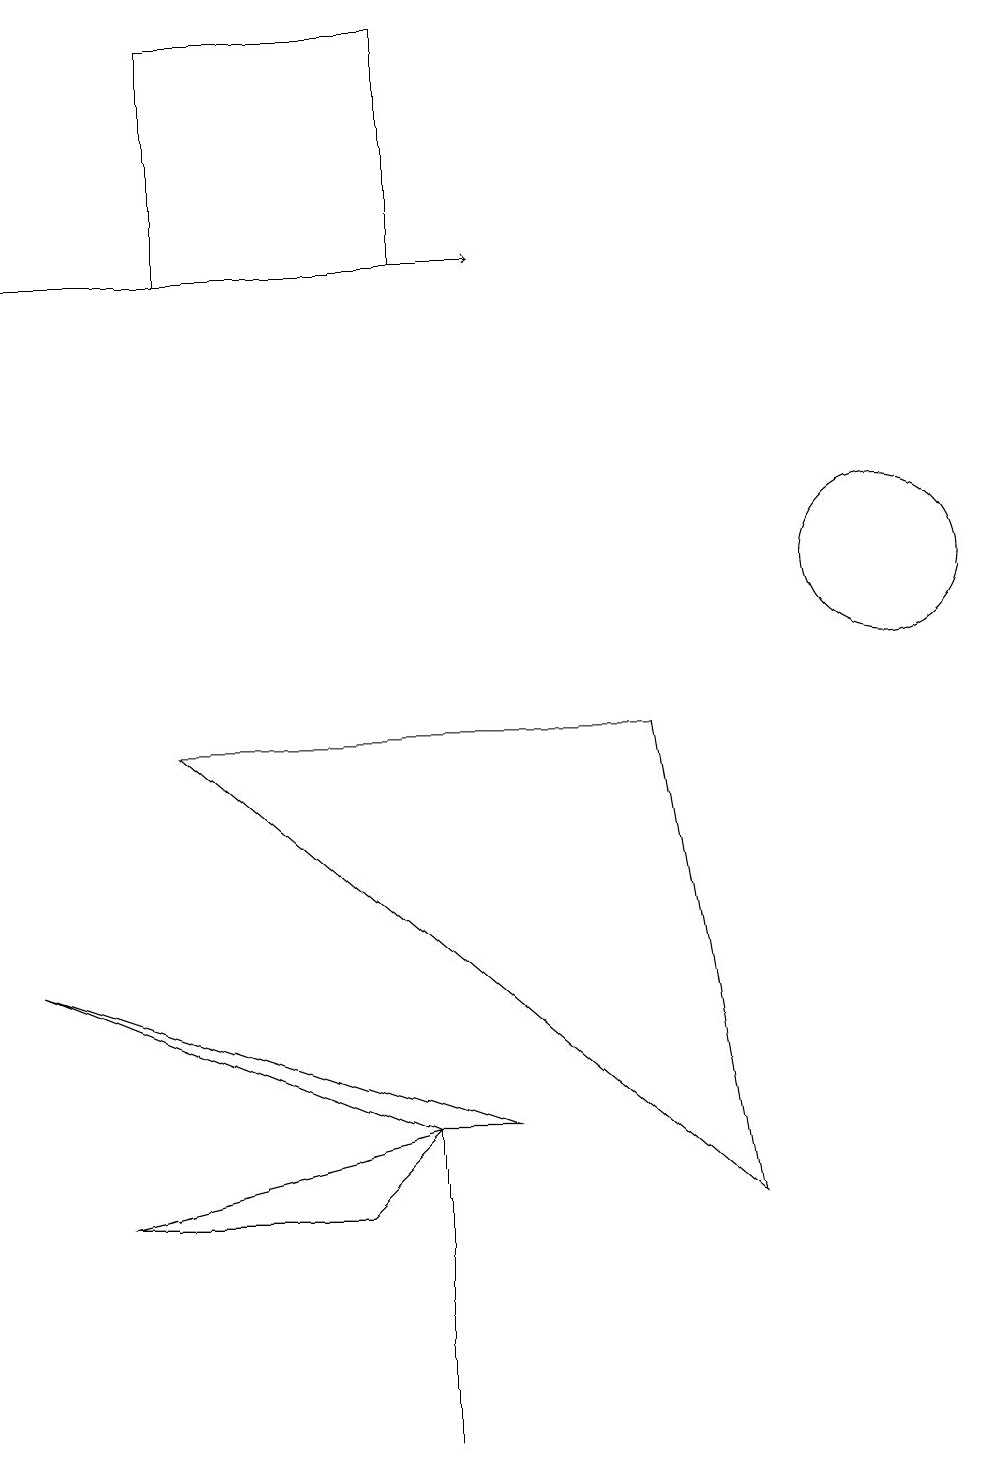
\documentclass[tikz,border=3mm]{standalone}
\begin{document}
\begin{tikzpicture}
\draw (0,6) -- (6,4) -- (5,4) -- cycle;
\draw (5,3) -- (5,0) -- (5,4) -- cycle;
\draw (2,18) rectangle (5,15);
\draw (9,3) -- (2,9) -- (8,9) -- cycle;
\draw (5,4) -- (4,3) -- (1,3) -- cycle;
\draw (11,11) circle (1);
\draw[->] (0,15) -- (6,15);
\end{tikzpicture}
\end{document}